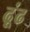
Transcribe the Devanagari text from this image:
ढ़ूंढ